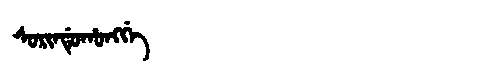
Manchu: ᠰᠣᡵᡳᠨᡩᡠᡥᠣᠩᡤᡝ
Romanization: SORINDUHONGGE